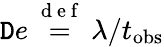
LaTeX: \mathtt{D}e\stackrel{\mathrm{{~d~e~f~}}}{=}\lambda/t_{\mathrm{{obs}}}